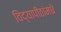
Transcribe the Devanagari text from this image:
विद्यापीठांमधे